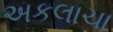
અકલાચા